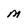
Character: m